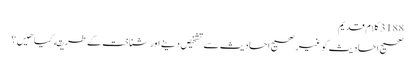
3188 کلام قدیم
صحیح احادیث کو غیر صحیح احادیث سے تشخیص دینے اور شناخت کے طریقه کیا هیں؟